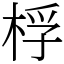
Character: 桴